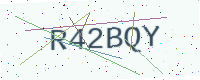
Text: R42BQY